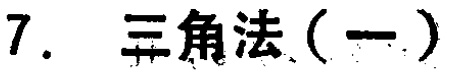
7. 三角法（一）